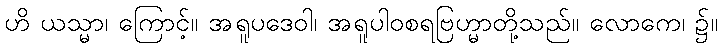
ဟိ ယသ္မာ၊ ကြောင့်။ အရူပဒေဝါ၊ အရူပါဝစရဗြဟ္မာတို့သည်။ လောကေ၊ ၌။